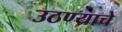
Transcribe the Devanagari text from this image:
उठण्याचे